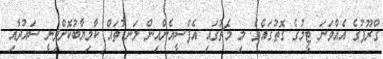
ގްރޫޕުގެ އެއްވަނަ ޓީމުގެ ގޮތުގައެވެ. މި މެޗުގައި އެފްސީއެންއިން ލަނޑުތައް ކާމިޔާބުކޮށްދިނީ ސައުދާއި